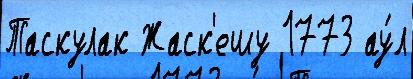
Таскулак Жаск'ешу 1773 ау́л